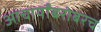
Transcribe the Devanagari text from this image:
आचार्यांबरोबरच